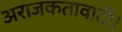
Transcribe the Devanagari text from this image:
अराजकतावादी।